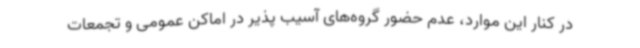
در کنار این موارد، عدم حضور گروه‌های آسیب پذیر در اماکن عمومی و تجمعات